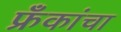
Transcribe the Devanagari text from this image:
फ्रँकांचा